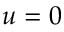
u = 0